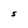
Character: S